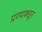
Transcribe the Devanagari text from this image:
प्राण्याकडून